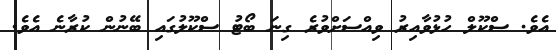
އެވެ. ސްކޫލް ހުޅުވާއިރު ވިއްސަށްވުރެ ގިނަ ބޯޓު ސްކޫލުގައި ބޭނުން ކުރާނެ އެވެ.